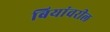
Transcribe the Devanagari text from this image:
बियांवरील